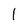
Character: l